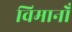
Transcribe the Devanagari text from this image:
विमानोँ